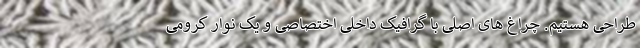
طراحی هستیم. چراغ های اصلی با گرافیک داخلی اختصاصی و یک نوار کرومی